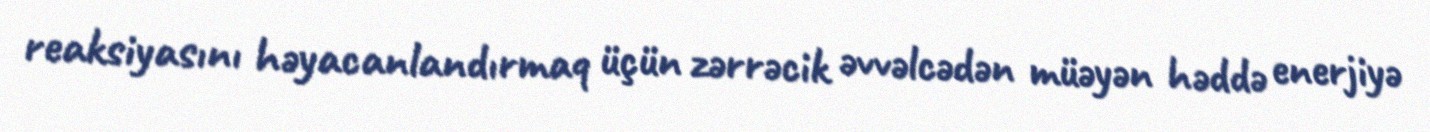
reaksiyasını həyacanlandırmaq üçün zərrəcik əvvəlcədən müəyən həddə enerjiyə